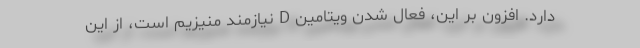
دارد. افزون بر این، فعال شدن ویتامین D نیازمند منیزیم است، از این